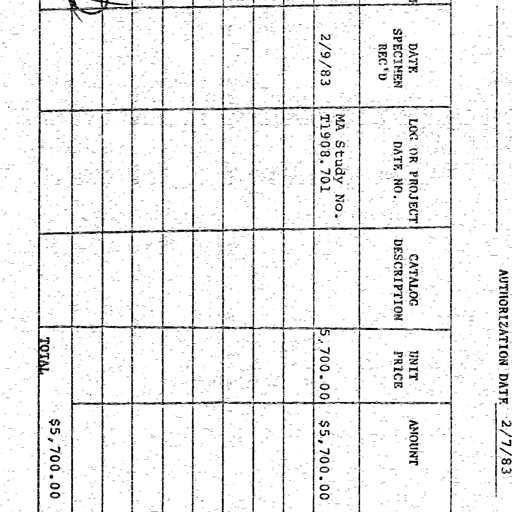
AUTHORIZATION DATE: 2/7/83

DATE SPECIMEN REC'D LOG OR PROJECT DATE NO. CATALOG DESCRIPTION UNIT PRICE AMOUNT
2/9/83 MA Study No. T1908.701 5,700.00 $5,700.00
TOTAL $5,700.00